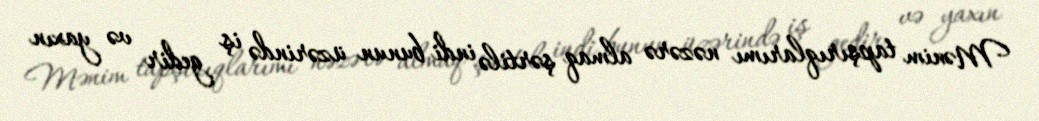
Mənim tapşırıqlarımı nəzərə almaq şərtilə indi bunun üzərində iş gedir və yaxın